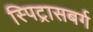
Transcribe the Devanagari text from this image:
स्पिट्रासबर्ग